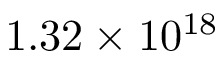
1 . 3 2 \times 1 0 ^ { 1 8 }